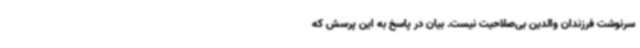
سرنوشت فرزندان والدین بی‌صلاحیت نیست. بیان در پاسخ به این پرسش که